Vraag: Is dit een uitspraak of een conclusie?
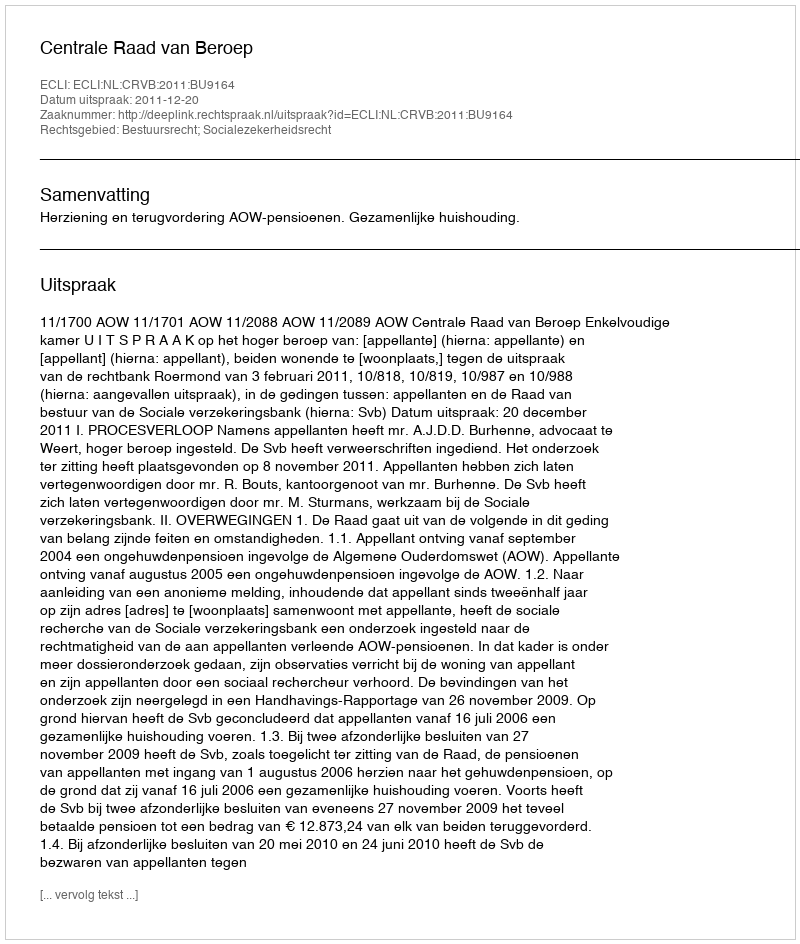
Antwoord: Uitspraak